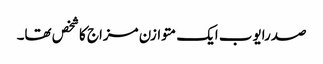
صدرایوب ایک متوازن مزاج کاشخص تھا۔